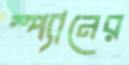
স্প্যানের